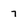
Character: 7